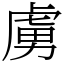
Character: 虜